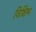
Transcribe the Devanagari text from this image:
विक्षिभ